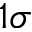
1 \sigma